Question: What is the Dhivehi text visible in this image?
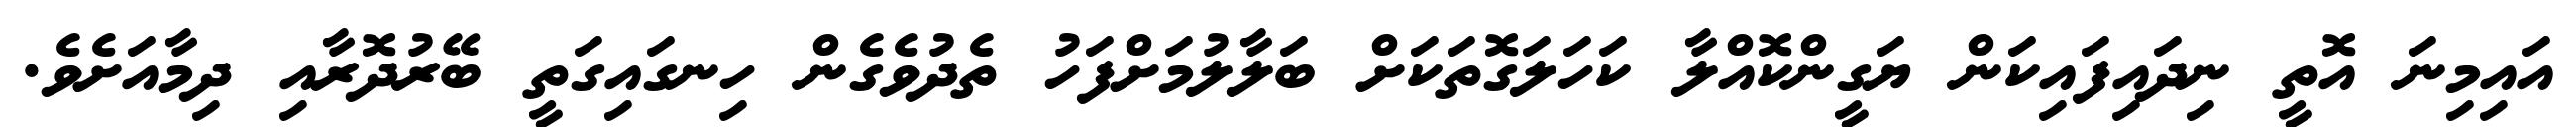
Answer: އައިމިނަ އޮތީ ނިދައިފައިކަން ޔަގީންކޮއްލާ ކަހަލަގޮތަކަށް ބަލާލުމަށްފަހު ތެދުވެގެން ހިނގައިގަތީ ބޭރުދޮރާއި ދިމާއަށެވެ.